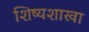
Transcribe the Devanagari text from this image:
शिष्यशाखा